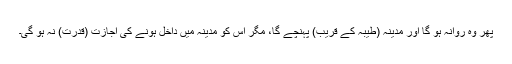
پھر وہ روانہ ہو گا اور مدینہ (طیبہ کے قریب) پہنچے گا، مگر اس کو مدینہ میں داخل ہونے کی اجازت (قدرت) نہ ہو گی۔